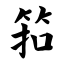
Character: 筘